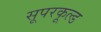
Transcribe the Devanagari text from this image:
सूपरकूल्ड